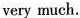
very much.